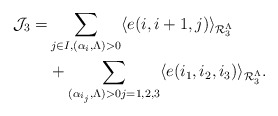
\begin{align*}\begin{aligned}\mathcal{J}_{3}=&\sum_{j\in I,(\alpha_i,\Lambda)>0}\langle e(i,i+1,j) \rangle_{\mathcal{R}_{3}^{\Lambda}}\\&+\sum_{(\alpha_{i_j},\Lambda)>0j=1,2,3}\langle e(i_1,i_2,i_3) \rangle_{\mathcal{R}_{3}^{\Lambda}}.\end{aligned}\end{align*}